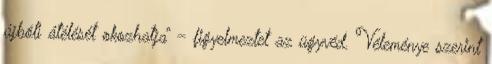
újbóli átélését okozhatja” – figyelmeztet az ügyvéd. Véleménye szerint